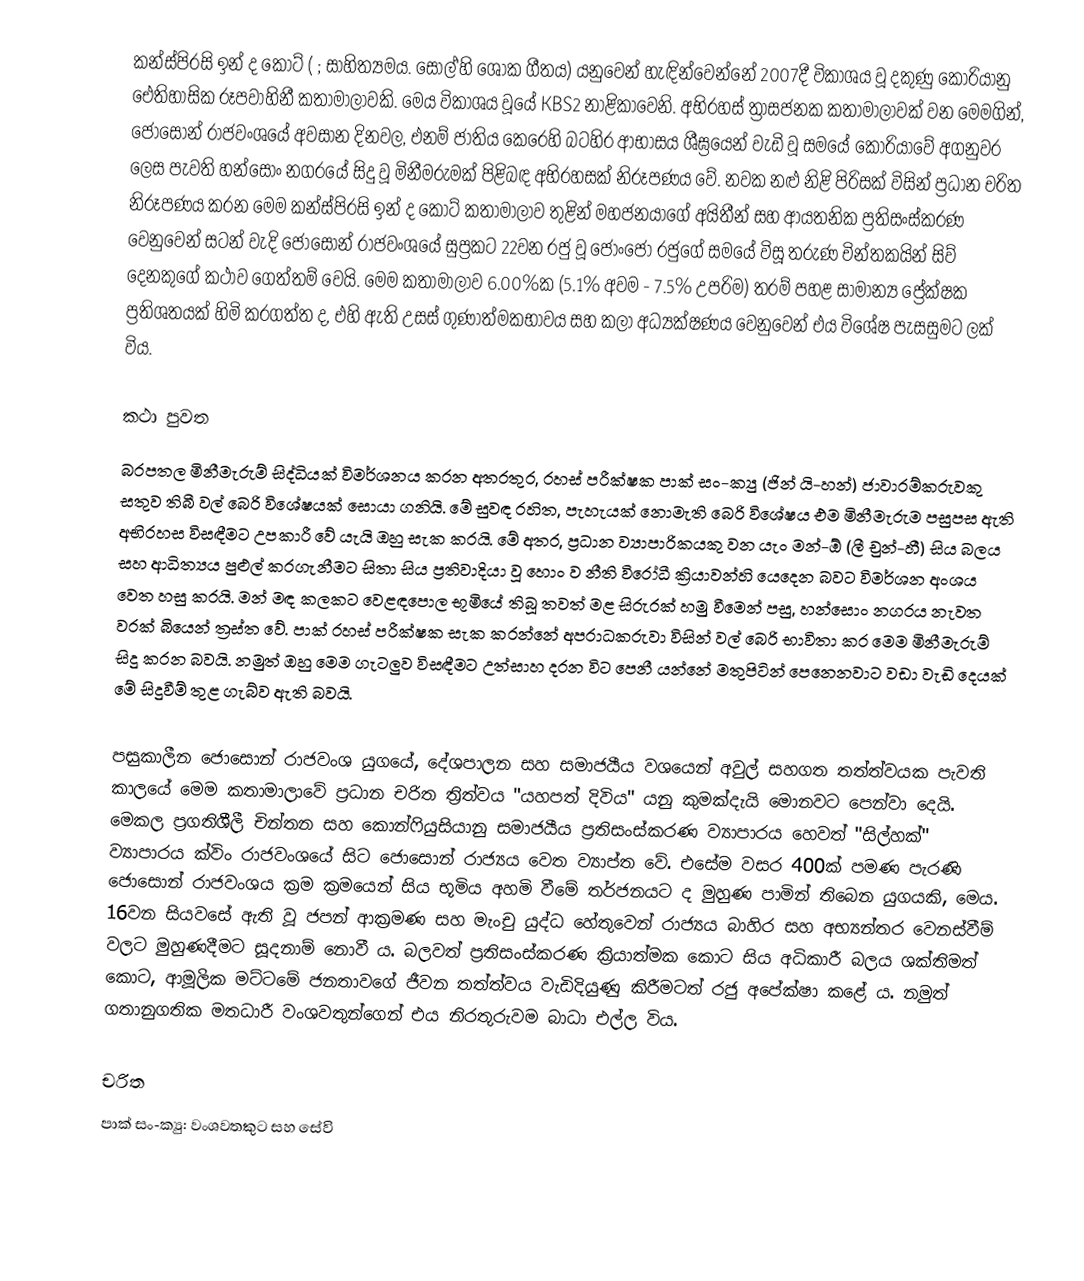
කන්ස්පිරසි ඉන් ද කෝට් ( ; සාහිත්‍යමය. සෝල්'හි ශෝක ගීතය) යනුවෙන් හැඳින්වෙන්නේ 2007දී විකාශය වූ දකුණු කොරියානු ඓතිහාසික රූපවාහිනී කතාමාලාවකි. මෙය විකාශය වූයේ KBS2 නාළිකාවෙනි. අභිරහස් ත්‍රාසජනක කතාමාලාවක් වන මෙමගින්, ජොසොන් රාජවංශයේ අවසාන දිනවල, එනම් ජාතිය කෙරෙහි බටහිර ආභාසය ශීඝ්‍රයෙන් වැඩි වූ සමයේ කොරියාවේ අගනුවර ලෙස පැවති හන්සොං නගරයේ සිදු වූ මිනීමරුමක් පිළිබඳ අභිරහසක් නිරූපණය වේ. නවක නළු නිළි පිරිසක් විසින් ප්‍රධාන චරිත නිරූපණය ‍කරන මෙම කන්ස්පිරසි ඉන් ද කෝට් කතාමාලාව තුළින් මහජනයාගේ අයිතීන් සහ ආයතනික ප්‍රතිසංස්කරණ වෙනුවෙන් සටන් වැදි ජොසොන් රාජවංශයේ සුප්‍රකට 22වන රජු වූ ජොංජෝ රජුගේ සමයේ විසූ තරුණ චින්තකයින් සිව් දෙනකුගේ කථාව ගෙත්තම් වෙයි. මෙම කතාමාලාව 6.00%ක (5.1% අවම - 7.5% උපරිම) තරම් පහළ සාමාන්‍ය ප්‍රේක්ෂක ප්‍රතිශතයක් හිමි කරගත්ත ද, එහි ඇති උසස් ගුණාත්මකභාවය සහ කලා අධ්‍යක්ෂණය වෙනුවෙන් එය විශේෂ පැසසුමට ලක් විය.

කථා පුවත
බරපතල මිනීමැරුම් සිද්ධියක් විමර්ශනය කරන අතරතුර, රහස් පරීක්ෂක පාක් සං-ක්‍යු (ජින් යි-හන්) ජාවාරම්කරුවකු සතුව තිබී වල් බෙරි විශේෂයක් සොයා ගනියි‍. මේ සුවඳ රහිත, පැහැයක් නොමැති බෙරි විශේෂය එම මිනීමැරුම පසුපස ඇති අභිරහස විසඳීමට උපකාරී වේ යැයි ඔහු සැක කරයි. මේ අතර, ප්‍රධාන ව්‍යාපාරිකයකු වන යැං මන්-ඕ (ලී චුන්-හී) සිය බලය සහ ආධිත්‍යය පුළුල් කරගැනීමට සිතා සිය ප්‍රතිවාදියා වූ හොං ව නීති විරෝධී ක්‍රියාවන්හි යෙදෙන බවට විමර්ශන අංශය වෙත හසු කරයි. මන් මඳ කලකට වෙළඳපොල භූමියේ තිබූ තවත් මළ සිරුරක් හමු වීමෙන් පසු, හන්සොං නගරය නැවත වරක් බියෙන් ත්‍රස්ත වේ. පාක් රහස් පරීක්ෂක සැක කරන්නේ අපරාධකරුවා විසින් වල් බෙරි භාවිතා කර මෙම මිනීමැරුම් සිදු කරන බවයි. නමුත් ඔහු මෙම ගැටලුව විසඳීමට උත්සාහ දරන විට පෙනී යන්නේ මතුපිටින් පෙනෙනවාට වඩා වැඩි දෙයක් මේ සිදුවීම් තුළ ගැබ්ව ඇති බවයි.

පසුකාලීන ජොසොන් රාජවංශ යුගයේ, දේශපාලන සහ සමාජයීය වශයෙන් අවුල් සහගත තත්ත්වයක පැවති කාලයේ මෙම කතාමාලාවේ ප්‍රධාන චරිත ත්‍රිත්වය "යහපත් දිවිය" යනු කුමක්දැයි මොනවට පෙන්වා දෙයි. මෙකල ප්‍රගතිශීලී චින්තන සහ කො‍න්ෆියුසියානු සමාජයීය ප්‍රතිසංස්කරණ ව්‍යාපාරය හෙවත් "සිල්හක්" ව්‍යාපාරය ක්විං රාජවංශයේ සිට ජොසොන් රාජ්‍යය වෙත ව්‍යාප්ත වේ. එසේම වසර 400ක් පමණ පැරණි ජොසොන් රාජවංශය ක්‍රම ක්‍රමයෙන් සිය භූමිය අහමි වීමේ තර්ජනයට ද මුහුණ පාමින් තිබෙන යුගයකි, මෙය. 16වන සියවසේ ඇති වූ ජපන් ආක්‍රමණ සහ මැංචු යුද්ධ හේතුවෙන් රාජ්‍යය බාහිර සහ අභ්‍යන්තර වෙනස්වීම් වලට මුහුණදීමට සූදනාම් නොවී ය. බලවත් ප්‍රතිසංස්කරණ ක්‍රියාත්මක කොට සිය අධිකාරී බලය ශක්තිමත් කොට, ආමූලික මට්ටමේ ජනතාවගේ ජීවන තත්ත්වය වැඩිදියුණු කිරීමටත් රජු අපේක්ෂා කළේ ය. නමුත් ගතානුගතික මතධාරී වංශවතුන්ගෙන් එය නිරතුරුවම බාධා එල්ල විය.

චරිත
පාක් සං-ක්‍යු: වංශවතකුට සහ සේවි